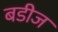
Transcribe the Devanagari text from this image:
बडीज